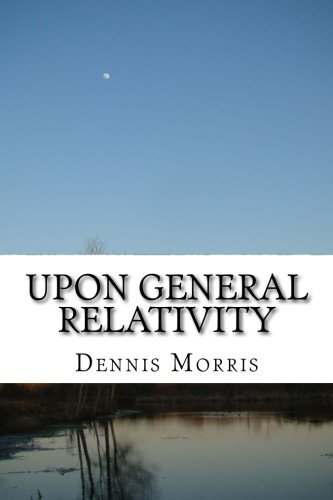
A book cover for Upon General Relativity: How GR emerges from the spinor algebras; Dennis Morris; Science & Math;